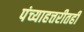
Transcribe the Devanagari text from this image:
पंच्याहत्तरीतही